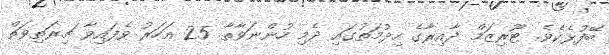
ބޭފުޅެކެވެ. ޓޫރިޒަމް ދާއިރާގެ ހިދުމަތުގައި ދެމި ހުންނަވާތާ 25 އަހަރު ވެފައިވާ ޗިރަތިވަތް